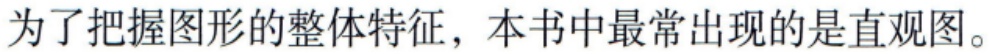
为了把握图形的整体特征，本书中最常出现的是直观图。